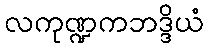
လကုဏ္ဍကဘဒ္ဒိယံ